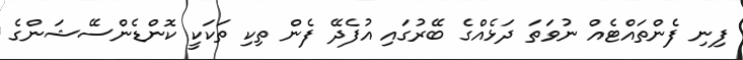
ފިނި ފެންތައްޓެއް ނުވަތަ ދަޅެއްގެ ބޭރުގައި އުފެދޭ ފެން ތިކި ތަކަކީ ކޮންޑެންސޭޝަންގެ